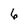
Character: 6